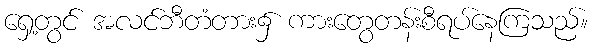
ရှေ့တွင် အလင်ဘီတံတား၌ ကားတွေတန်းစီရပ်နေကြသည်။